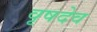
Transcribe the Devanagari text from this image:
वृषदेव